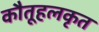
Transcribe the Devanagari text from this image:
कौतूहलकृत